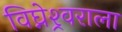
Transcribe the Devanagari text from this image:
विघ्नेश्र्वराला